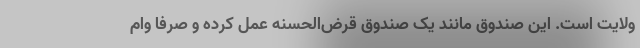
ولایت است. این صندوق مانند یک صندوق قرض‌الحسنه عمل کرده و صرفا وام